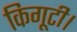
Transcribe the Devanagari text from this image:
किगूटी।